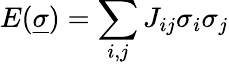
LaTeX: E(\underline{{\sigma}})=\sum_{i,j}J_{ij}\sigma_{i}\sigma_{j}